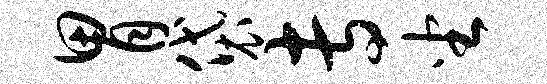
胃袋专坐